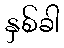
နှစ်ခါ